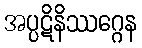
အပ္ပဋိနိဿဂ္ဂေန